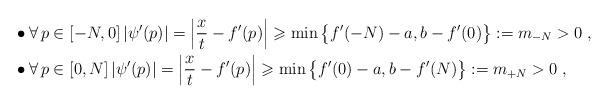
LaTeX: \begin{align*}& \bullet \forall \, p \in [-N,0] \left| \psi'(p) \right| = \left| \frac{x}{t} - f'(p) \right| \geqslant \min \big\{ f'(-N) - a , b - f'(0) \big\} := m_{-N} > 0 \; , \\& \bullet \forall \, p \in [0,N] \left| \psi'(p) \right| = \left| \frac{x}{t} - f'(p) \right| \geqslant \min \big\{ f'(0) - a , b - f'(N) \big\} := m_{+N} > 0 \; ,\end{align*}